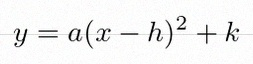
y=a(x-h)^2+k